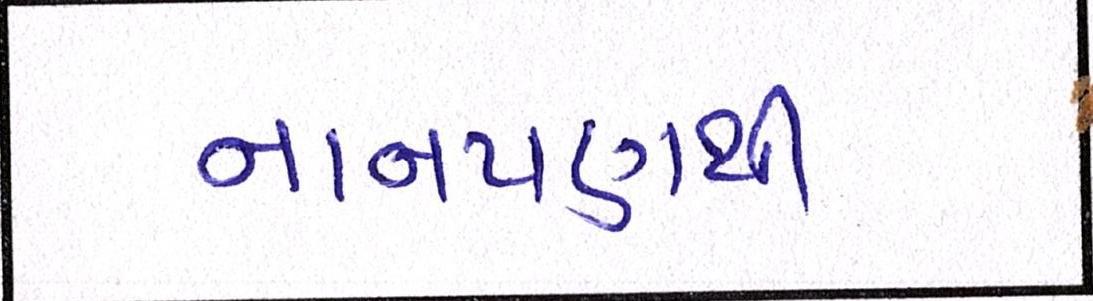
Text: નાનપણથી